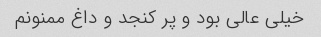
خیلی عالی بود و پر کنجد و داغ ممنونم